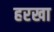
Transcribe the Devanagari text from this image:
हरखा